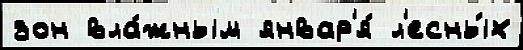
зон вла́жным январ'я́ л'есны́х